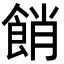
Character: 𩛱